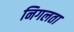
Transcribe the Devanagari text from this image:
निगलता